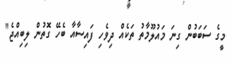
މީގެ ސަބަބުން ގިނަ މައުލޫމާތު ތަކެއް ދިވެހި ފައިސާއާ ބެހޭ ގޮތުން ލިބިއްޖެ"